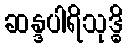
ဆန္ဒပါရိသုဒ္ဓိ